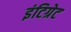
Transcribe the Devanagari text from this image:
इंटिग्रेट